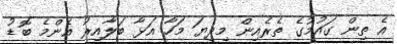
އެ ތިން ގައުމުގެ ތެރެއިން މިދިޔަ މަހާ އަޅާ ބަލާއިރު އެންމެ ބޮޑު